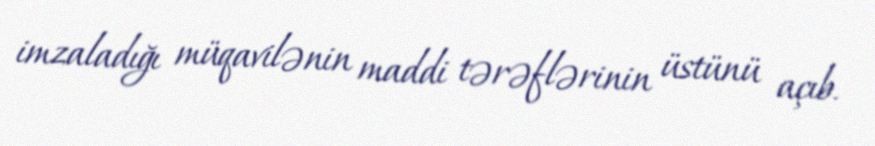
imzaladığı müqavilənin maddi tərəflərinin üstünü açıb.